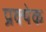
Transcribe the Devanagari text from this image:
प्रक्येक